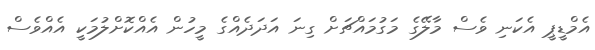
އެމްޑީޕީ އެކަނި ވެސް މާލޭގެ މަގުމައްޗަށް ގިނަ އަދަދެއްގެ މީހުން އެއްކޮށްލުމަކީ އެއްވެސް